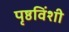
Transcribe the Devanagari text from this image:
पृष्ठविंशी